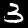
Digit: 3